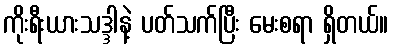
ကိုးရီးယားသဒ္ဒါနဲ့ ပတ်သက်ပြီး မေးစရာ ရှိတယ်။